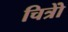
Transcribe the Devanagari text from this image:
चित्रोें